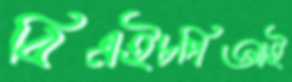
বিএইচপিআই